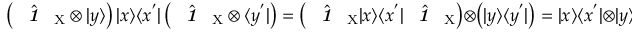
\left( \hat { \textbf { \textit { 1 } } \, } _ { \! \mathrm { X } } \otimes | y \rangle \right) | x \rangle \langle x ^ { ' } | \left( \hat { \textbf { \textit { 1 } } \, } _ { \! \mathrm { X } } \otimes \langle y ^ { ' } | \right) = \left( \hat { \textbf { \textit { 1 } } \, } _ { \! \mathrm { X } } | x \rangle \langle x ^ { ' } | \hat { \textbf { \textit { 1 } } \, } _ { \! \mathrm { X } } \right) \otimes \left( | y \rangle \langle y ^ { ' } | \right) = | x \rangle \langle x ^ { ' } | \otimes | y \rangle \langle y ^ { ' } | .